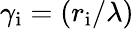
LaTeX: \gamma_{\mathrm{{i}}}=\left(r_{\mathrm{{i}}}/\lambda\right)